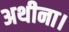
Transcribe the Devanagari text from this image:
अथीना।